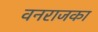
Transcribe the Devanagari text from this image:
वनराजका